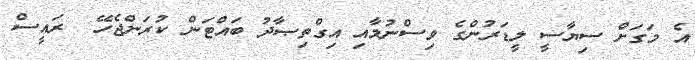
އެ މަގަށް ސިޔާސީ ލީޑަރުންގެ ވިސްނުމާއި އިގްތިޞާދު ބައްޓަން ކުރަންޖެހޭ  ރައީސް